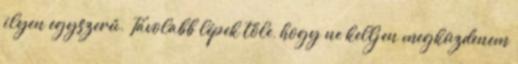
ilyen egyszerű. Távolabb lépek tőle, hogy ne kelljen megküzdenem